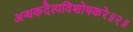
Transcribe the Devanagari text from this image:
अन्धकदैत्यविशोषकरे॥२॥